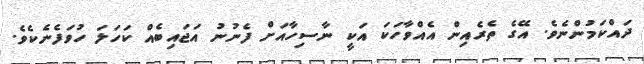
ދައްކަމުންނެވެ. އޭގެ ތެރެއިން އެއްވާހަކަ އަކީ ނާސިހާއަށް ފެނުނު އަޖައިބެއް ކަހަލަ ހުވަފެނެކެވެ.